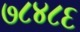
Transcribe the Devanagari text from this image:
७८४८६